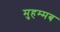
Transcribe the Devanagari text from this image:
मुहम्मब